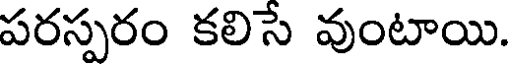
పరస్పరం కలిసే వుంటాయి.